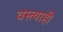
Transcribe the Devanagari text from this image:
वस्त्याही